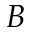
B